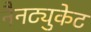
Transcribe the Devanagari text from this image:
नैनट्युकेट